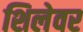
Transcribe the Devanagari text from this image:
शिलेवर